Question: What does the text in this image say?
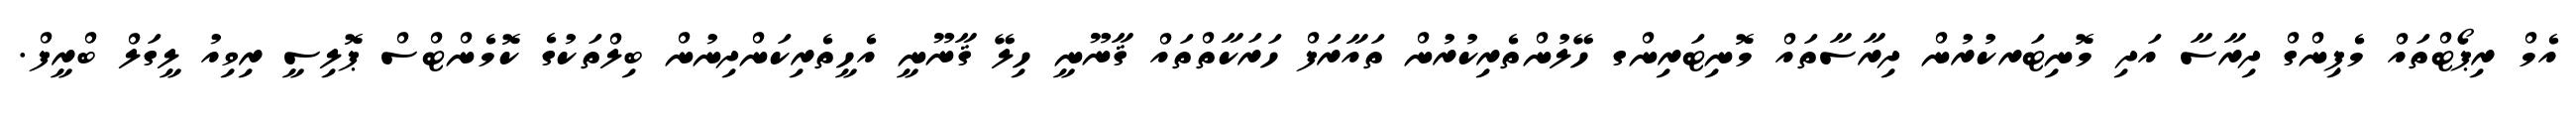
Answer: އެމް ރިޕޯޓްތައް މެޕިންގް ދިރާސާ އަދި މޮނިޓަރކުރުން ދިރާސާތައް މޮނިޓަރިންގ ހޭލުންތެރިކުރުން ތައާރަފް ހަރަކާތްތައް ޤާނޫނީ ހިލޭ ޤާނޫނީ އެހީތެރިކަންދިނުން ބިލްތަކުގެ ކޮމެންޓްސް ޕޮލިސީ ރިވިއު ލީގަލް ބްރީފް.